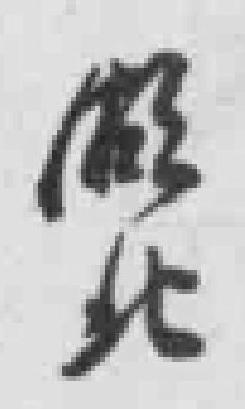
湖北